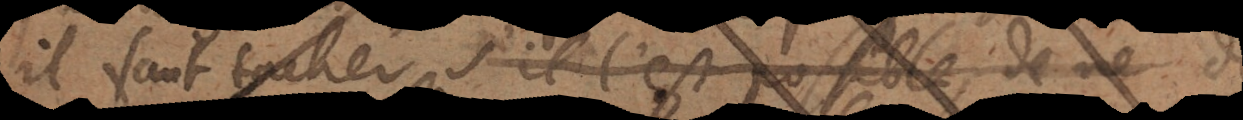
il faut tacher s’il l’est possible, de ne se